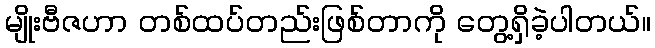
မျိုးဗီဇဟာ တစ်ထပ်တည်းဖြစ်တာကို တွေ့ရှိခဲ့ပါတယ်။